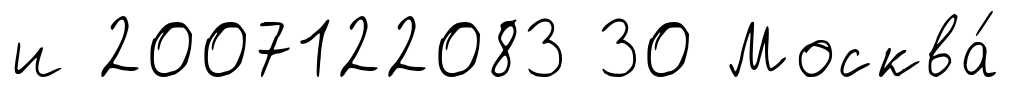
и 2007122083 30 Москва́